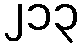
၂၁၃